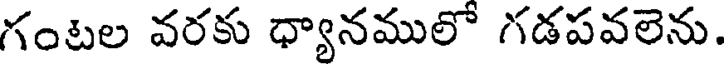
గంటల వరకు ధ్యానములో గడపవలెను.